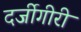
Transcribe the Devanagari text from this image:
दर्जीगीरी